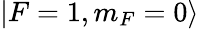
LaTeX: |F=1,m_{F}=0\rangle